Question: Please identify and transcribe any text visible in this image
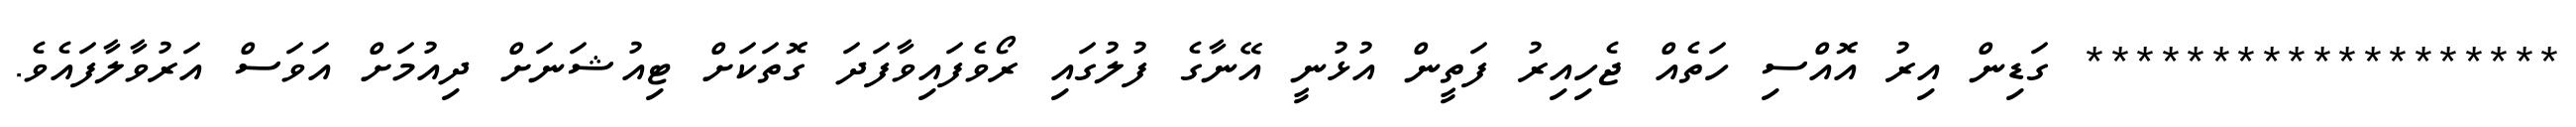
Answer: ******************* ގަޑިން އިރު އޮއްސި ހަތެއް ޖެހިއިރު ފަތީން އުޅުނީ އޭނާގެ ފުލުގައި ރޯވެފައިވާފަދަ ގޮތަކަށް ޓިއުޝަނަށް ދިއުމަށް އަވަސް އަރުވާލާފައެވެ.